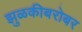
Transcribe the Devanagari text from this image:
झुळकीबरोबर